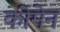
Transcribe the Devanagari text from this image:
कोमेन